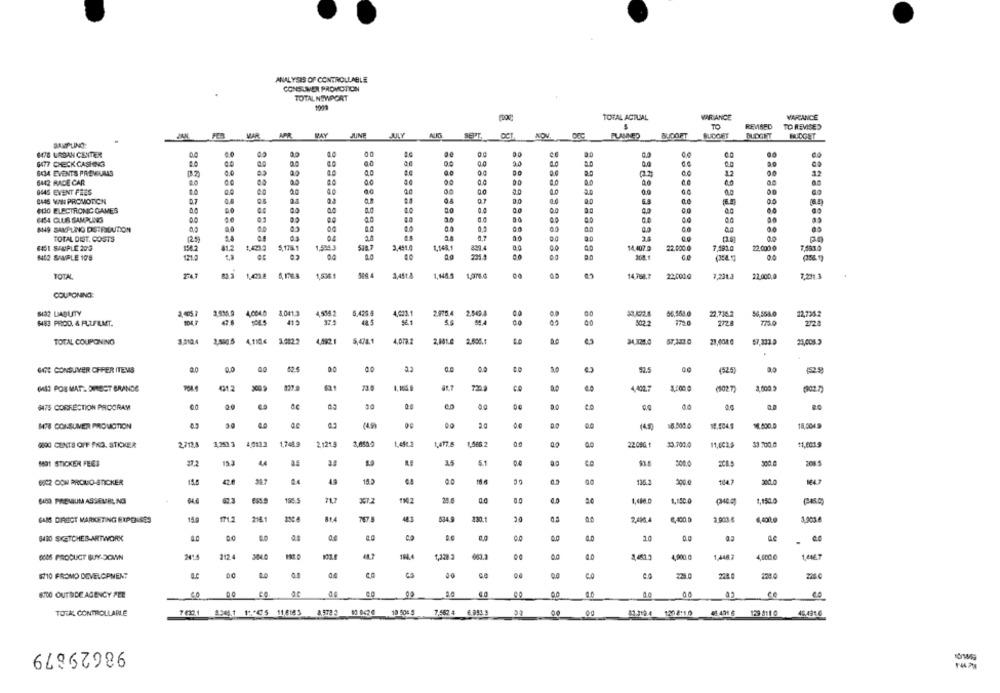
ANALYSIS OF CONTROLLABLE
CONSUMER PROMOTION
TOTAL NEWPORT
1909
TOTAL ACTUAL
WIR ANCE
WARANCE
TO
REVISED
TO REVISED
MAR
APR WAY
JUNE
AUG
SEPT
NOV.
BUOOFT
SAMPLING:
678 URBAN CENTER
6477 CHECK CASHING
0.0
8.0
0.0
.0
6434 EVENTS PREVEUMAS
00
0.0
12
00
12
6442 RACE CAR
2.0
8445 EVENT FRES
0.0
00
8448 VINI PROMOTION
07
0.0
0.0
ar
0.0
WHO ELECTRONIC GAMES
a.c
0.0
0.0
CO
€454 CLUB SAMPLINGS
0.0
0.0
SHE SAMPLING DETRIDUTION
0.0
0,1
00
0.0
0.0
TOTAL DIST. COSTS
04
2.8
00
2.0
3.4
BIST STUPLE 203
158.2
81.2
3,491.0
1,148.1
829.4
0.0
14.407.0
22,000.0
7,1910
22,000.0
1412 SIMPLE 10'8
121.
221.1
00
(354.1
TOTAL
1.01.8 5,1768 1,5361
1,451.
1,1482
14768.7 22.000.0
7,231.3
22.000,0
COUPONING:
4.534 2
6,425.4
4,623. 1
33.022.4
22,734.2
54,5580
SI32 LIABUTY
3,45.7 3.535.9 4,004.0 8.041.3
2.975.4 2,5094
12,735.2
$483 PROD. & FLUFILMT.
104,7
41
48.5
272
2128
4.592.1
4,072. 2
2,101.2
TOTAL COUPONING
3.010.4 1,5805 4,110.4 5,0122
5,478.1
21,004 0
21,008 3
GIE CONSUVER OFFER ITEMS
0.0
00
62
00
(525)
(ASI POS MAT. DIRECT BRANDE
G12
61.7
4.402.7
(102.7)
(902.7)
6475 CORRECTION PROGRAM
0.0
MTB CONSUMER PROMOTION
$8.500.0
18,904
18,0049
6000 CUNTS OFF FKO. STICKER
2712.8
1,253 3
4.0133
1,748 9
2.121.3
1,477.5
22.090 1
11.6014
33 200.0
11,0019
MOT STICKER FEES
44
5.1
300
200
0802 CON PROMED-STICKER
13.5
49
15 5
136.3
200.
200.0
367.2
0.0
1,150. 0
64CO PREMIUM ASSEURL, NO
28.
1,150.0
GAIS DIRECT MARKETING EXPENSES
150
2161
81.4
767
534.9
230.1
20
2,496.4
8,400.0
4,0000
1.005.4
6430 SKETCHES-ARTWORK
0.4
0,0
0.0
194.4
1,320 3
4,000 €
0006 PRODUCT BUY-SCAN
212.4
4,900 0
1.4487
1.0ML.7
$70 FROMO DEVELOPMENT
218
STOO OUTSIDE AGENCY PEE
CO
at
20
ce
TOTAL CONTROLLABLE
8345.1 17+@75 11,8183
10 0426 10 506 5
7.552 4 6.993.9
43.312.4 1208:1.0
01 401 6 129 8110
45,491.6
98629879
16/1449